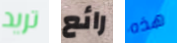
تريد رائع هذه